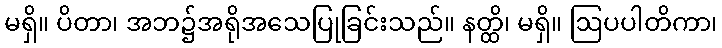
မရှိ။ ပိတာ၊ အဘ၌အရိုအသေပြုခြင်းသည်။ နတ္ထိ၊ မရှိ။ ဩပပါတိကာ၊